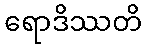
ရောဒိဿတိ